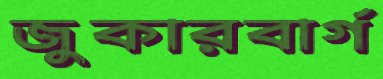
জুকারবার্গ